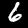
Label: 6